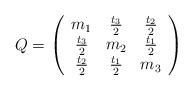
LaTeX: \begin{align*}Q = \left(\begin{array}{ccc} m_1 & \frac{t_3}{2} & \frac{t_2}{2} \\ \frac{t_3}{2} & m_2 & \frac{t_1}{2} \\ \frac{t_2}{2} & \frac{t_1}{2} & m_3 \\\end{array}\right)\end{align*}